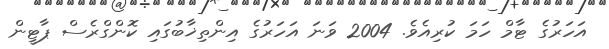
އަހަރުގެ ޓާމް ހަމަ ކުރިއެވެ. 2004 ވަނަ އަހަރުގެ އިންތިޚާބުގައި ކޮންގްރެސް ޕާޓީން